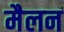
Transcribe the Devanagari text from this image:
मैलन